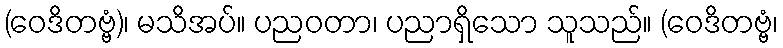
(ဝေဒိတဗ္ဗံ)၊ မသိအပ်။ ပညဝတာ၊ ပညာရှိသော သူသည်။ (ဝေဒိတဗ္ဗံ၊